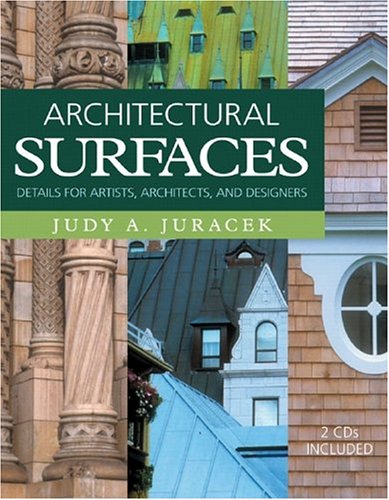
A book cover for Architectural Surfaces: Details for Artists, Architects, and Designers (Surfaces Series); Judy A. Juracek; Arts & Photography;